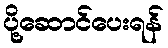
ပို့ဆောင်ပေးရန်